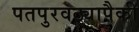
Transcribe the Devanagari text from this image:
पतपुरवठ्यापैकी